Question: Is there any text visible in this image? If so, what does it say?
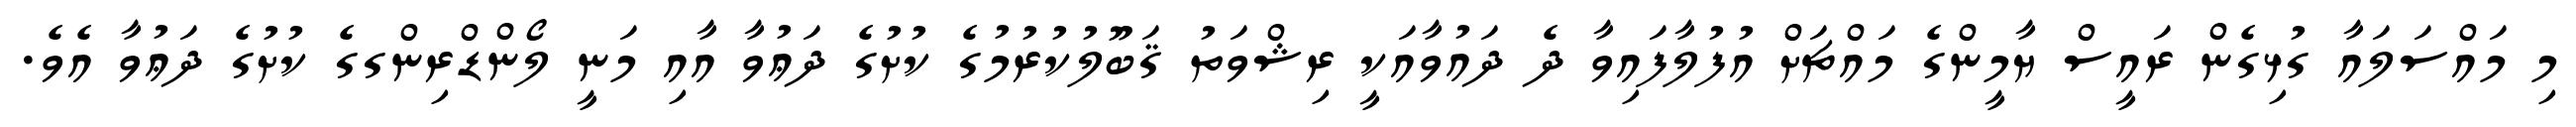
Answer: މި މައްސަލައާ ގުޅިގެން ރައީސް ޔާމީންގެ މައްޗަށް އުފުލާފައިވާ ދެ ދައުވާއަކީ ރިޝްވަތު ޤަބޫލުކުރުމުގެ ކުށުގެ ދަޢުވާ އާއި މަނީ ލޯންޑްރިންގގެ ކުށުގެ ދަޢުވާ އެވެ.